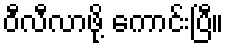
ဝီလီလာဖို့ ကောင်းပြီ။